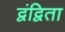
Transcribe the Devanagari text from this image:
द्वंद्विता